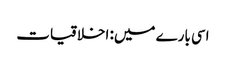
اسی بارے میں: اخلاقیات